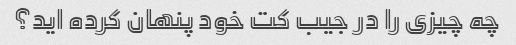
چه چیزی را در جیب کت خود پنهان کرده اید؟